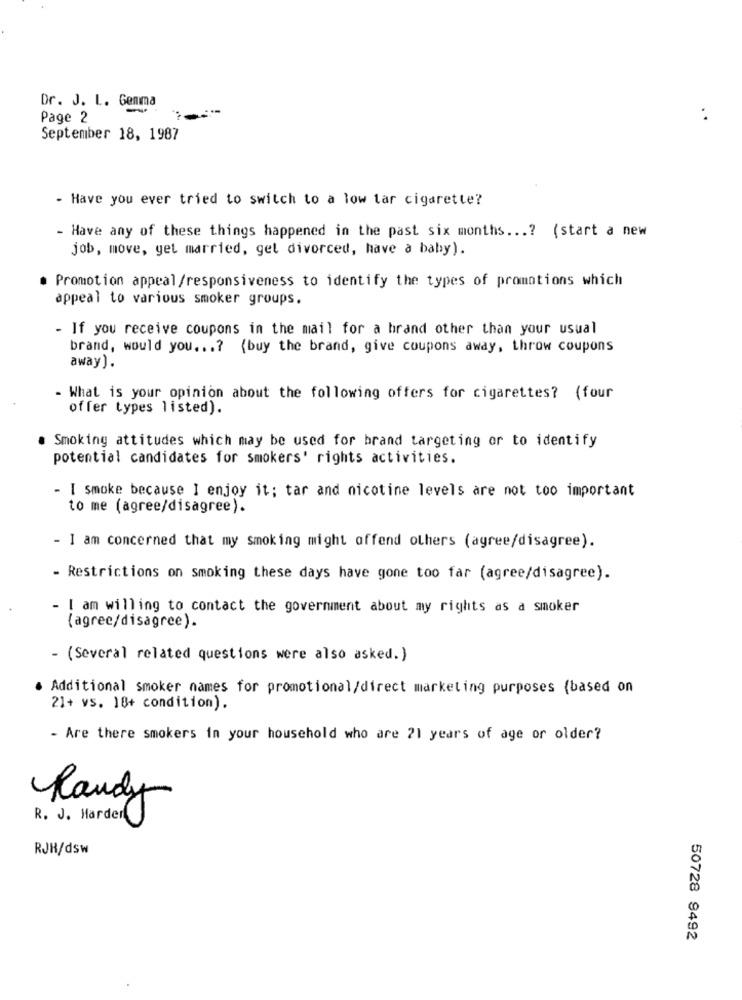
Dr. J. L. Gemma
Page 2
September 18, 1987
- Have you ever tried to switch to a low tar cigarette?
- Have any of these things happened in the past six months ...? (start a new
job, move, get married, gel divorced, have a baby).
Promotion appeal /responsiveness to identify the types of promotions which
appeal to various smoker groups.
- If you receive coupons in the mail for a brand other than your usual
brand, would you ...? (buy the brand, give coupons away, throw coupons
away).
- What is your opinion about the following offers for cigarettes? (four
offer types listed).
. Smoking attitudes which may be used for brand targeting or to identify
potential candidates for smokers' rights activities.
- I smoke because I enjoy it; tar and nicotine levels are not too important
to me (agree/disagree).
- I am concerned that my smoking might offend others (agree/disagree).
- Restrictions on smoking these days have gone too far (agree/disagree).
- I am willing to contact the government about my rights as a smoker
(agree/disagree).
- (Several related questions were also asked.)
Additional smoker names for promotional/direct marketing purposes (based on
21+ vs. 18+ condition).
- Are there smokers in your household who are 21 years of age or older?
Randy
R. J. Harder
RJH/dsw
50728 9492